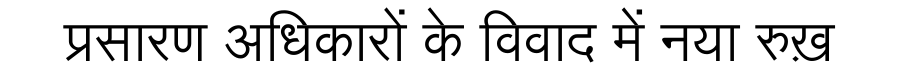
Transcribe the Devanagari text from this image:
प्रसारण अधिकारों के विवाद में नया रुख़